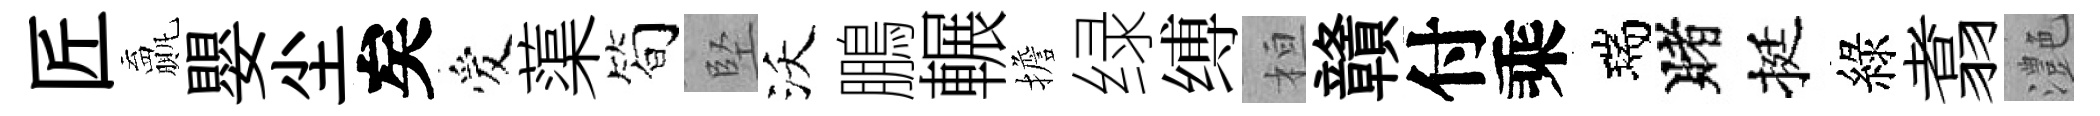
匠贏嬰尘矣爱蕖简堅沃鵬輾擔绿缚桓贛付乘瑞賭挺綠翥灔